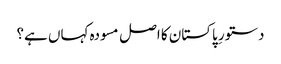
دستورِ پاکستان کا اصل مسودہ کہاں ہے؟